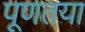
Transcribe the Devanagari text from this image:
पूणतया